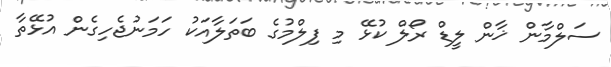
ސަލްމާން ޚާން ލީޑް ރޯލް ކުޅޭ މި ފިލްމުގެ ބަތަލާއަކު ހަމަނުޖެހިގެން އުޅޭތާ